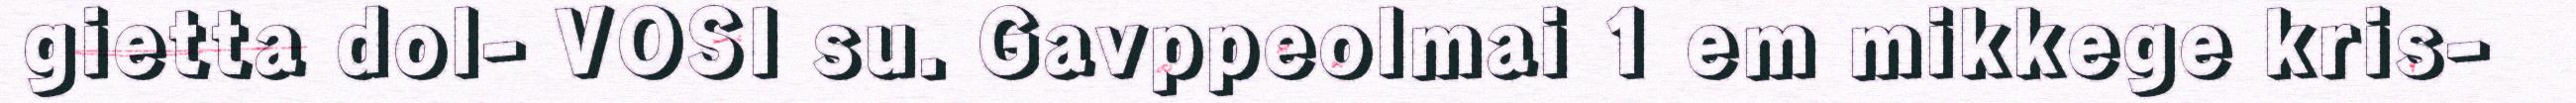
gietta dol- VOSI su. Gavppeolmai 1 em mikkege kris-